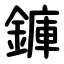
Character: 龲